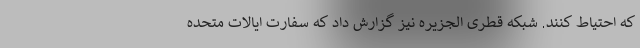
که احتیاط کنند. شبکه قطری الجزیره نیز گزارش داد که سفارت ایالات متحده